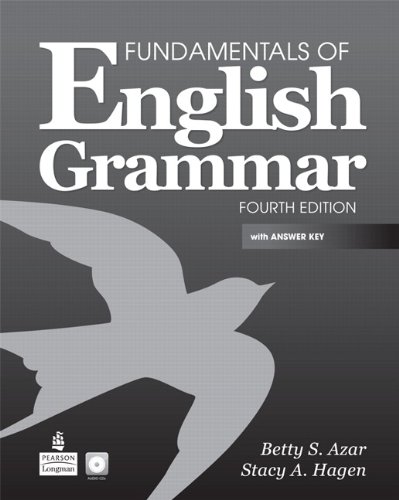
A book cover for Fundamentals of English Grammar with Audio CDs and Answer Key (4th Edition); Betty Schrampfer Azar; Reference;